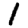
Digit: 1